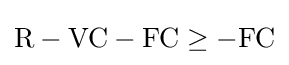
{\text{R}}-{\text{VC}}-{\text{FC}}\geq -{\text{FC}}